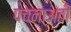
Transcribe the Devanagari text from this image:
पचनाअंती